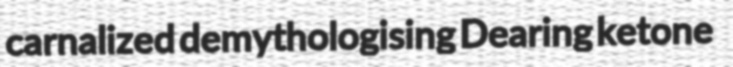
carnalized demythologising Dearing ketone